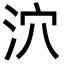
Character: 泬